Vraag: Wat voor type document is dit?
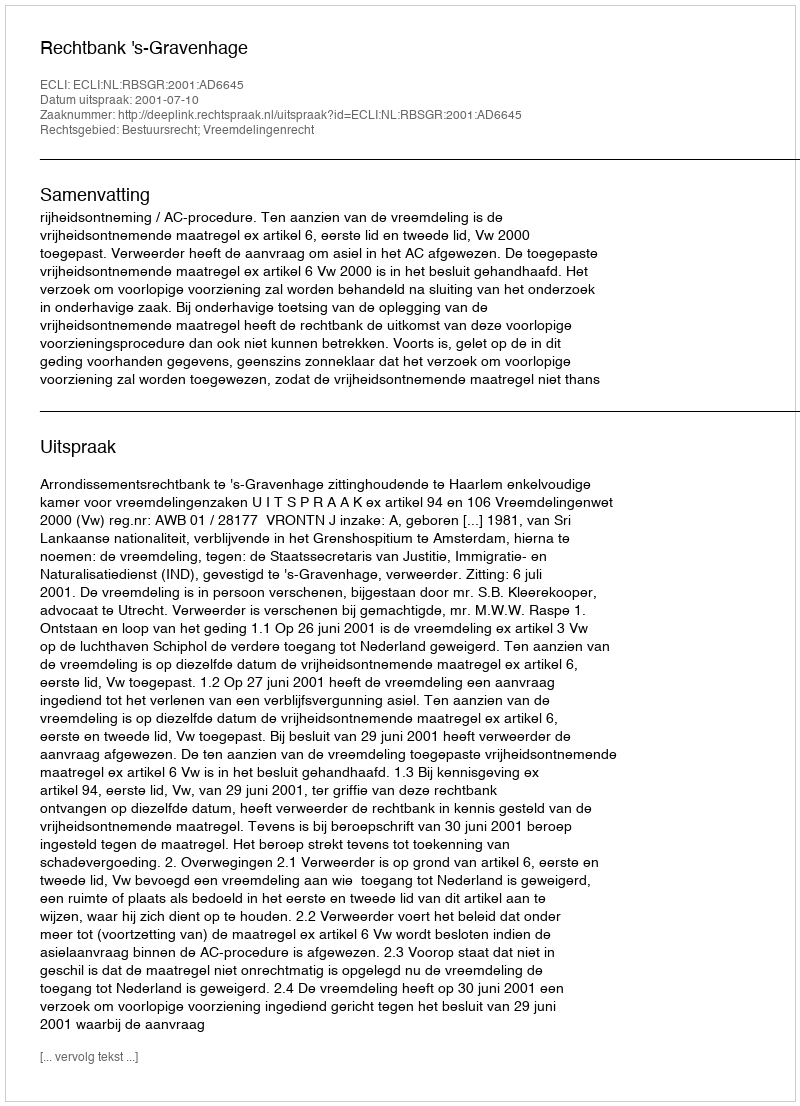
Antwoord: Uitspraak